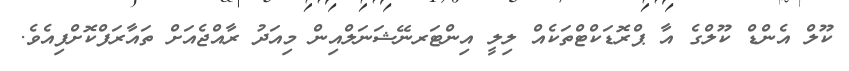
ކޫލް އެންޑް ކޫލްގެ އާ ޕްރޮޑަކްޓްތަކެއް ލިލީ އިންޓަރނޭޝަނަލްއިން މިއަދު ރާއްޖެއަށް ތައާރަފްކޮށްފިއެވެ.